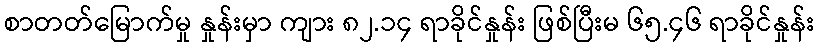
စာတတ်မြောက်မှု နှုန်းမှာ ကျား ၈၂.၁၄ ရာခိုင်နှုန်း ဖြစ်ပြီးမ ၆၅.၄၆ ရာခိုင်နှုန်း